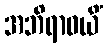
အဘိရာဓယိံ